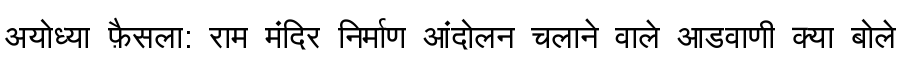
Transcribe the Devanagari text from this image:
अयोध्या फ़ैसला: राम मंदिर निर्माण आंदोलन चलाने वाले आडवाणी क्या बोले